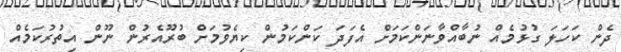
ދެން ކަހަލަ ގުޅުމެއް ނުބާއްވާނަންކަމަށް އެފަދަ ކަންކަމުން ކިޔެވުމަށް ބުރޫއެރުން ނޫން އިތުރުކަމެއް